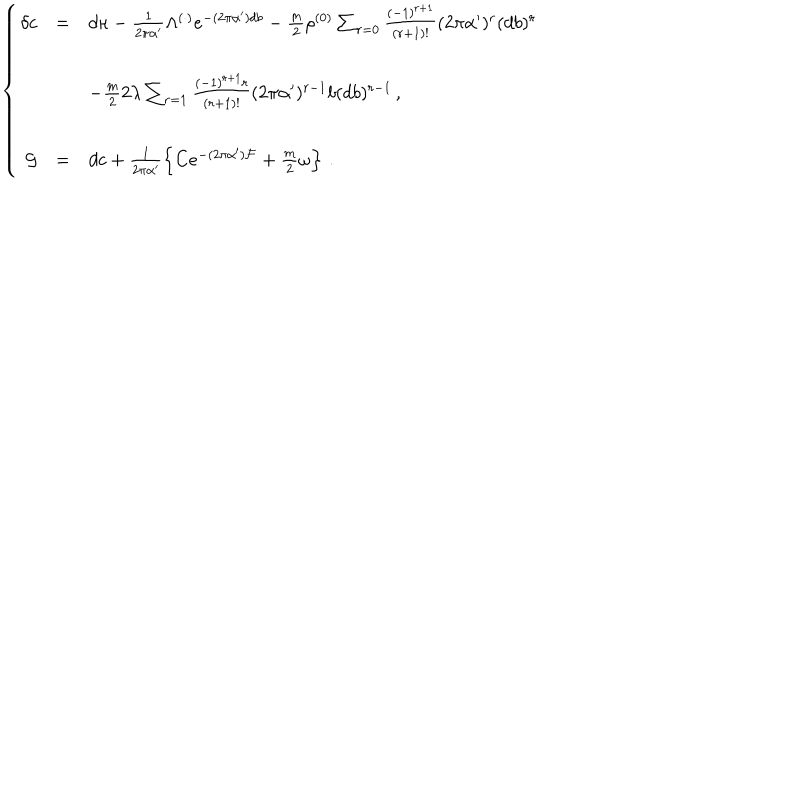
\left\{ \begin{array} { r c l } { { \delta c } } & { { = } } & { { d \kappa - \frac { 1 } { 2 \pi \alpha ^ { \prime } } \Lambda ^ { ( \cdot ) } e ^ { - ( 2 \pi \alpha ^ { \prime } ) d b } - \frac { m } { 2 } \rho ^ { ( 0 ) } \sum _ { r = 0 } \frac { ( - 1 ) ^ { r + 1 } } { ( r + 1 ) ! } ( 2 \pi \alpha ^ { \prime } ) ^ { r } ( d b ) ^ { r } } } \\ { { } } & { { } } & { { } } \\ { { } } & { { } } & { { - \frac { m } { 2 } 2 \lambda \sum _ { r = 1 } \frac { ( - 1 ) ^ { r + 1 } r } { ( r + 1 ) ! } ( 2 \pi \alpha ^ { \prime } ) ^ { r - 1 } b ( d b ) ^ { r - 1 } \, , } } \\ { { } } & { { } } & { { } } \\ { { { \cal G } } } & { { = } } & { { d c + \frac { 1 } { 2 \pi \alpha ^ { \prime } } \left\{ C e ^ { - ( 2 \pi \alpha ^ { \prime } ) { \cal F } } + \frac { m } { 2 } \omega \right\} \, . } } \\ \end{array} \right.